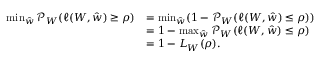
\begin{array} { r l } { \operatorname* { m i n } _ { \hat { w } } \mathcal { P } _ { W } ( \ell ( W , \hat { w } ) \geq \rho ) } & { = \operatorname* { m i n } _ { \hat { w } } ( 1 - \mathcal { P } _ { W } ( \ell ( W , \hat { w } ) \leq \rho ) ) } \\ & { = 1 - \operatorname* { m a x } _ { \hat { w } } \mathcal { P } _ { W } ( \ell ( W , \hat { w } ) \leq \rho ) } \\ & { = 1 - L _ { W } ( \rho ) . } \end{array}